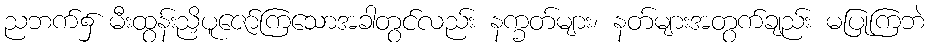
ညဘက်၌ မီးထွန်းညှိပူဇော်ကြသောအခါတွင်လည်း နက္ခတ်များ၊ နတ်များအတွက်ချည်း မပြုကြဘဲ